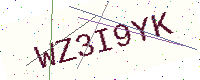
Text: WZ3I9YK